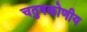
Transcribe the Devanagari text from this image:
चतुषकोणीय